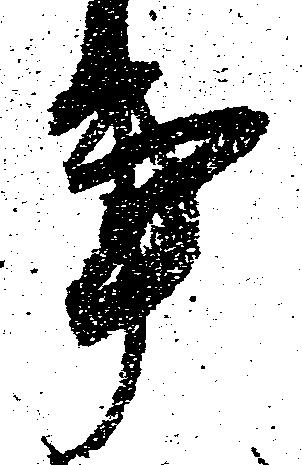
事